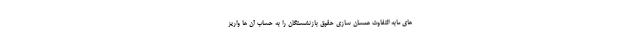
های مابه التفاوت همسان سازی حقوق بازنشستگان را به حساب آن ها واریز